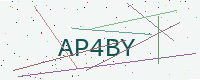
Text: AP4BY